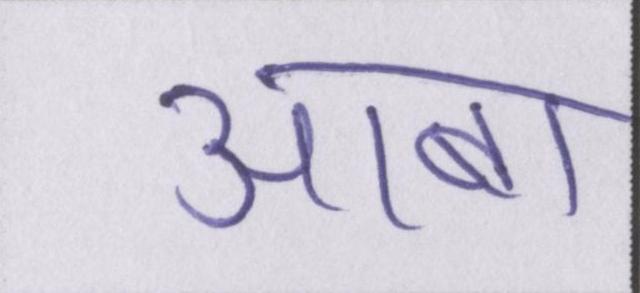
आबा